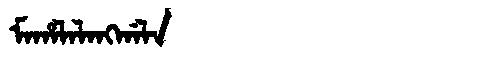
Manchu: ᠮᠠᡥᠠᠯᠠᠯᠠᠩᡤᠠᠯᠠ
Romanization: MAHALALANGGALA